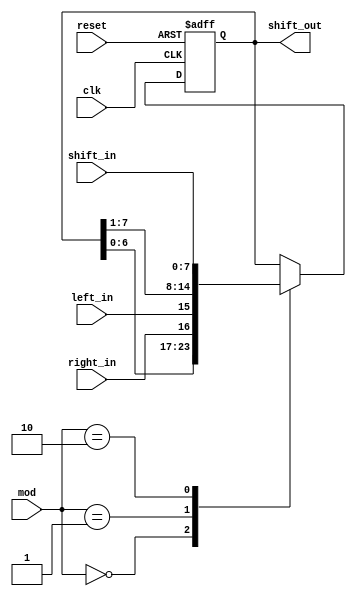
module Shifter#(parameter N=8)(
input clk,
input reset, 
input left_in, 
input right_in,
input [1:0] mod, 
input [N-1:0] shift_in, 
output reg[N-1:0] shift_out
);
always @(posedge clk or posedge reset)
	if(reset)
		shift_out <= 'b0; //
	else case(mod)
		2'b00:shift_out<={shift_out[N-2:0], right_in};//
		2'b01:shift_out<={left_in, shift_out[N-1:1]}; //
		2'b10:shift_out<= shift_in;				// 
	endcase
endmodule